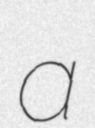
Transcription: a